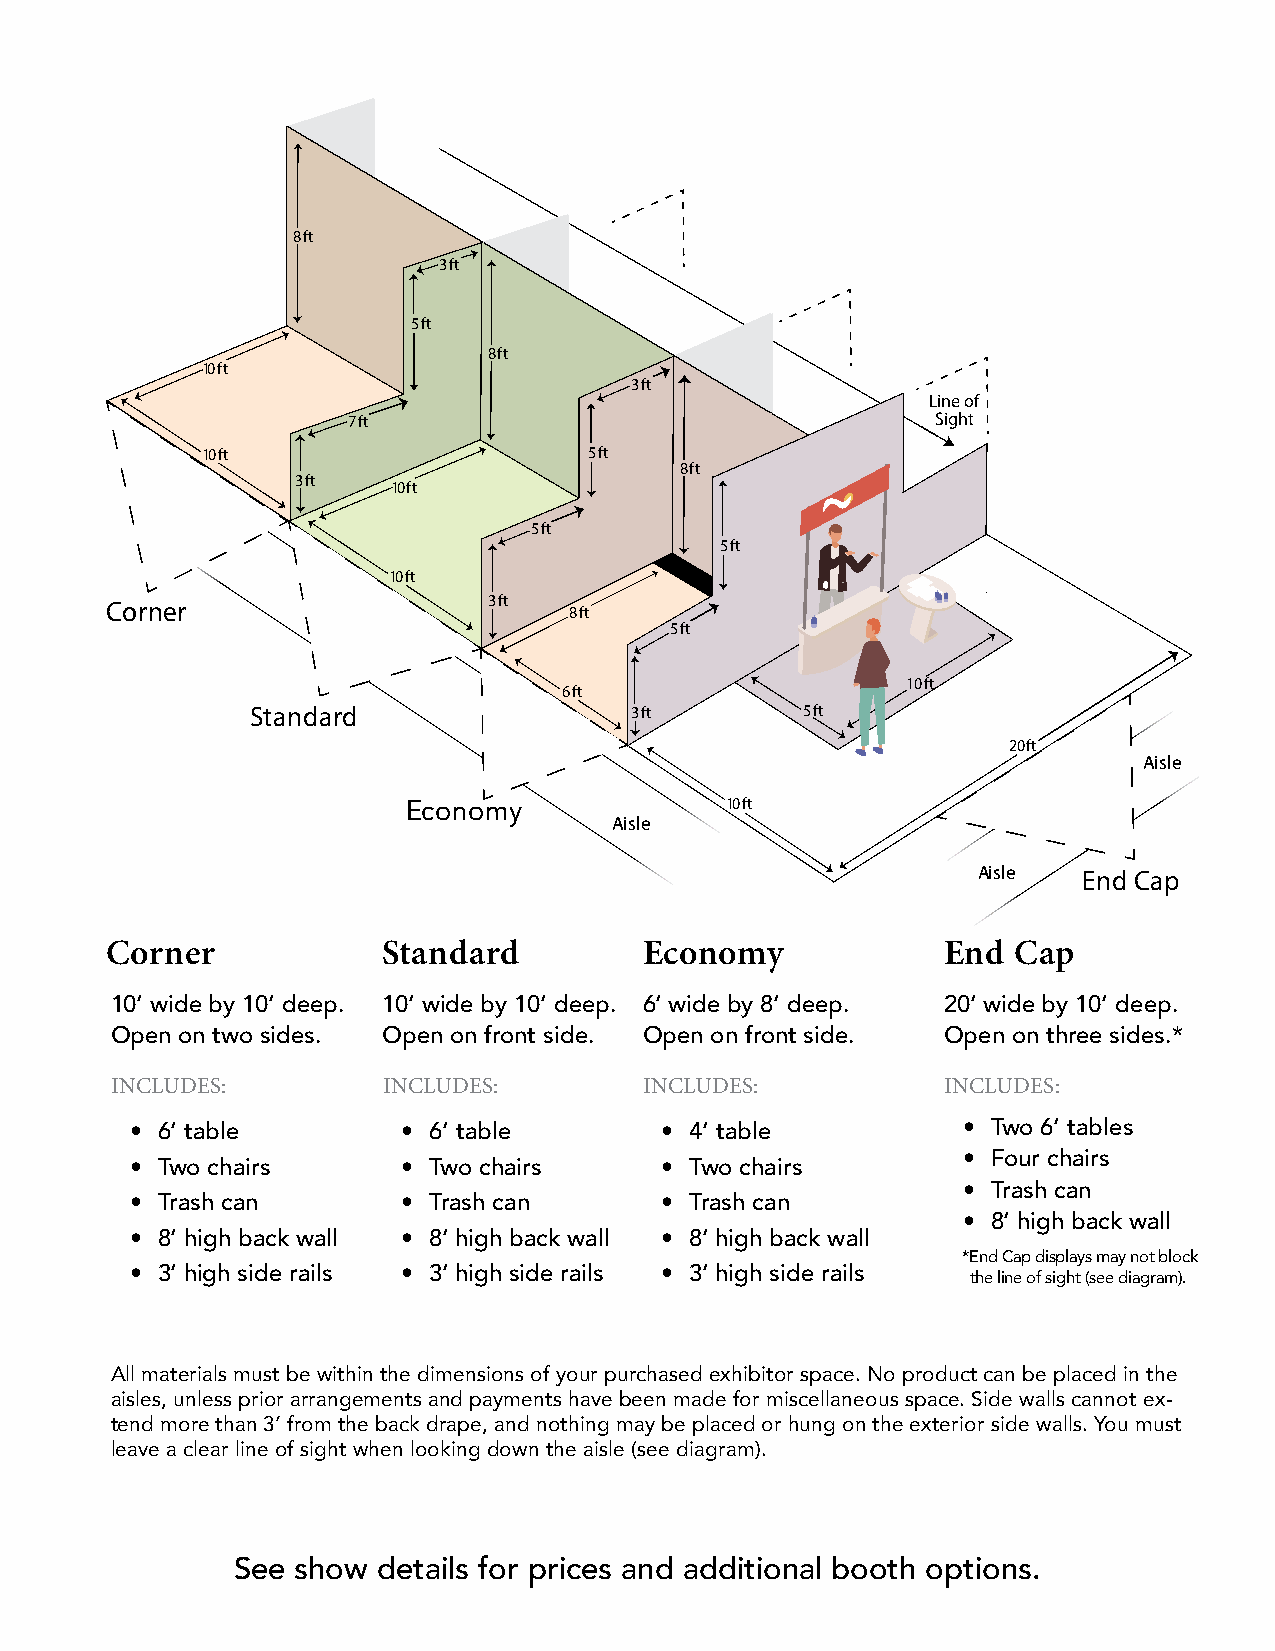
8 ft
 3 ft
 5 ft
 8 ft
 10 ft
 3 ft
 Line of
 7 ft                                   Sight
 10 ft                     5 ft
 8 ft
 3 ft  10 ft
 5 ft
 5 ft
 10 ft
 3 ft
 Corner                         8 ft
 5 ft
 10 ft
 6 ft
 Standard                 3 ft       5 ft
 20ft
 Aisle
 Economy              10 ft
 Aisle
 Aisle  End Cap
 Corner            Stan dard         E conomy           End  Cap
 10’ wide by 10’ deep. 10’ wide by 10’ deep. 6’ wide by 8’ deep. 20’ wide by 10’ deep.
 Open on two sides. Open on front side. Open on front side. Open on three sides.*
 INCLUDES:         INCLUDES:         INCLUDES:          INCLUDES:
 • 6’ table        • 6’ table       • 4’ table          • Two 6’ tables
 • Four chairs
 • Two chairs      • Two chairs     • Two chairs
 • Trash can
 • Trash can       • Trash can      • Trash can
 • 8’ high back wall
 • 8’ high back wall • 8’ high back wall • 8’ high back wall
 *End Cap displays may not block
 • 3’ high side rails • 3’ high side rails • 3’ high side rails the line of sight (see diagram).
 All materials must be within the dimensions of your purchased exhibitor space. No product can be placed in the
 aisles, unless prior arrangements and payments have been made for miscellaneous space. Side walls cannot ex-
 tend more than 3’ from the back drape, and nothing may be placed or hung on the exterior side walls. You must
 leave a clear line of sight when looking down the aisle (see diagram).
 See  show details for prices and additional booth options.